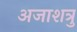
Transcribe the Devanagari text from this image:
अजाशत्रु